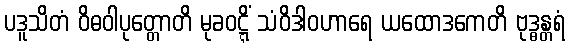
ပဒူသိတံ ဝိဓဝါပုတ္တောတိ မုခဝဋ္ဋိံ သံဝိဒါဝဟာရေ ယထောဒကေတိ ဗုဒ္ဓန္တရံ